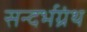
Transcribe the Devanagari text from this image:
सन्दर्भग्रंथ